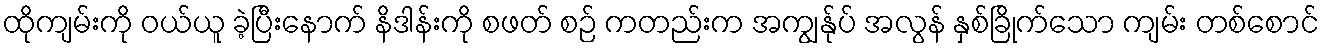
ထိုကျမ်းကို ဝယ်ယူ ခဲ့ပြီးနောက် နိဒါန်းကို စဖတ် စဉ် ကတည်းက အကျွန်ုပ် အလွန် နှစ်ခြိုက်သော ကျမ်း တစ်စောင်